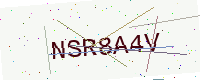
Text: NSR8A4V